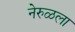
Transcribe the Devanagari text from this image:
नेरुळला